Annual administration and progress report of the Indian Medical Department, Bombay
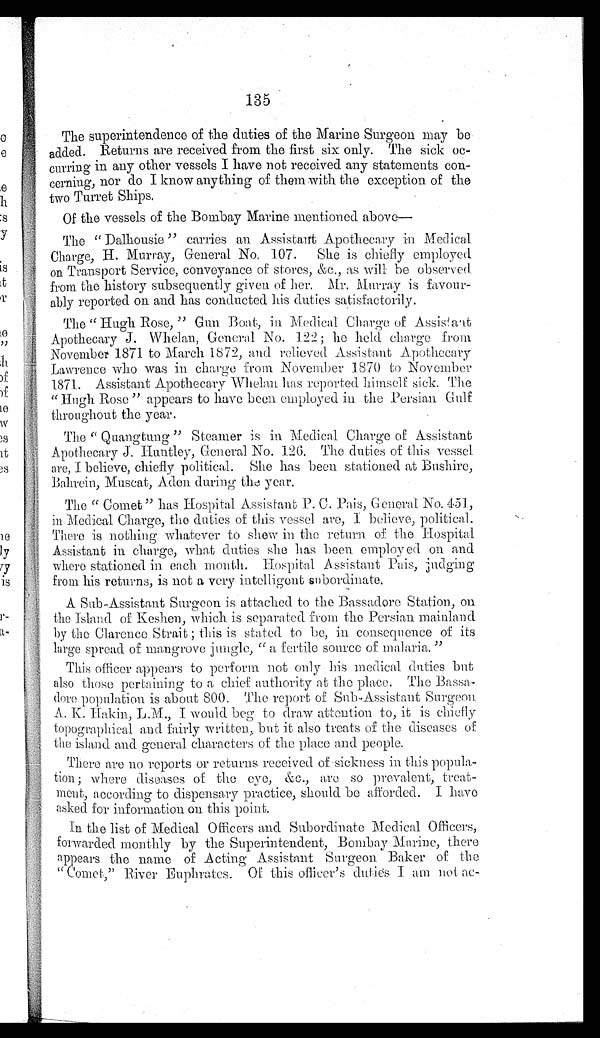
135
The superintendence of the duties of the Marine Surgeon may be
added. Returns are received from the first six only. The sick oc-
curring in any other vessels I have not received any statements con-
cerning, nor do I know anything of them with the exception of the
two Turret Ships.
Of the vessels of the Bombay Marine mentioned above—
The " Dalhousie " carries an Assistant Apothecary in Medical
Charge, H. Murray, General No. 107. She i.s chiefly employed
on Transport Service, conveyance of stores, &c., as will be observed.
from the history subsequently given of her. Mr. Hurray is favour-
ably reported on and has conducted his duties satisfactorily.
The "Hugh Rose," Gun Boat, in. Medical Charge of Assistant
Apothecary J. Whelan, General No. 122; he held charge from
November 1871 to March 1872, and relieved Assistant Apothecary
Lawrence who was in charge from November 1870 to November
1871. Assistant Apothecary Whelan has reported himself sick. The
"Hugh Rose " appears to have been employed in the Persian Gulf
throughout the year.
The " Quangtung " Steamer is in Medical. Charge of Assistant
Apothecary J. Huntley, General No. 126. The duties of this vessel.
are, I believe, chiefly political. She has been stationed at Bushire,
Bahrein, Muscat, Aden during the year.
The " Comet " has Hospital Assistant P. C. Pais, General No. 451,
in Medical Charge, the duties of this vessel are, I believe, political.
There is nothing whatever to show in the return of the Hospital
Assistant in charge, what duties she has been employed on and
where stationed in each month. Hospital. Assistant Pais, judging
from his returns, is not a very intelligent subordinate.
A Sub-Assistant Surgeon is attached to the Bassadore Station, on
the Island of Keshen, which is separated from the Persian mainland
by the Clarence Strait ; this is stated to be, in consequence of its
large spread of mangrove jungle, "a fertile source of malaria. "
This officer appears to perform not only his medical duties but
also those pertaining to a chief authority at the place. The Bassa-
dore population is about 800. The report of Sub-Assistant Surgeon
A. K. Hakin, L.M., I would beg to draw attention to, it is chiefly
topographical and fairly written, but it also treats of the diseases of
the island and general characters of the place and people.
There are no reports or returns received of sickness in this popula-
tion ; where diseases of the eye, &c., are so prevalent, treat-
ment, according to dispensary practice, should be afforded. I have
asked for information on this point.
In the list of Medical Officers and Subordinate Medical Officers,
forwarded monthly by the Superintendent, Bombay Marine, there
appears the name of Acting Assistant Surgeon Baker of the
"Comet," River Euphrates. Of this officer's duties I am not oc-